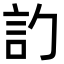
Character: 𬢛